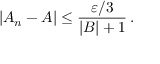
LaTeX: | A _ { n } - A | \leq { \frac { \varepsilon / 3 } { | B | + 1 } } \, .